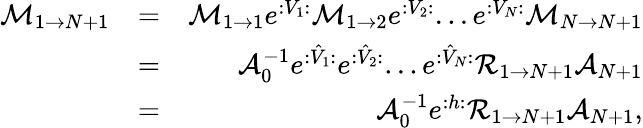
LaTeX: \begin{array}{rlr}{\mathcal{M}_{1\rightarrow N+1}}&{=}&{\mathcal{M}_{1\rightarrow 1}e^{:V_{1}:}\mathcal{M}_{1\rightarrow 2}e^{:V_{2}:}...e^{:V_{N}:}\mathcal{M}_{N\rightarrow N+1}}\\ &{=}&{\mathcal{A}_{0}^{-1}e^{:\hat{V}_{1}:}e^{:\hat{V}_{2}:}...e^{:\hat{V}_{N}:}\mathcal{R}_{1\rightarrow N+1}\mathcal{A}_{N+1}}\\ &{=}&{\mathcal{A}_{0}^{-1}e^{:h:}\mathcal{R}_{1\rightarrow N+1}\mathcal{A}_{N+1},}\end{array}